Civil Veterinary Dept. Assam report 1927-50 - 1927-1950
Year: 1927
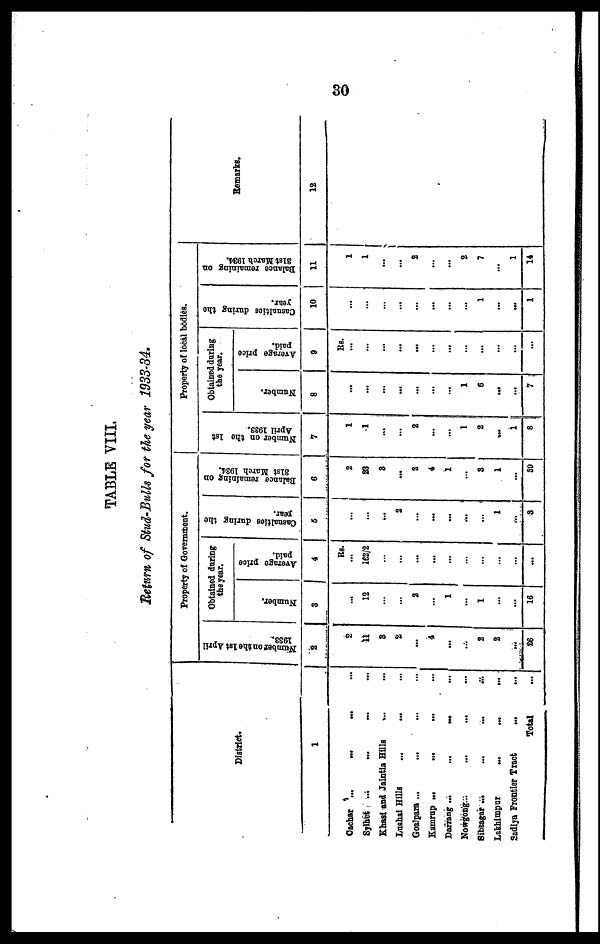
30
TABLE VIII.
Return of Stud-Bulls for the year 1933-34.
District.
1
Cachar ...
...
... ...
Sylhet ... ... ... ...
Khasi and Jointia Hills ... ...
Lushai Hills ... ... ...
Goalpara ... ... ... ...
Kamrup ...
... ... ...
Darrang ...
...
... ...
Nowgong...
...
... ...
Sibsagar ... ... ... ...
Lakhimpur
...
...
...
Sadiya Frontier Tract
... ...
Total ...
Property of Government.
Number on the 1st April
1933.
2
2
11
3
2
...
4
...
...
2
2
...
26
Obtained daring
the year.
Number.
3
...
12
...
...
2
...
1
...
1
...
...
16
Average price
paid.
4
Rs.
...
162/2
...
...
...
...
...
...
...
...
...
...
Casualties
during the
year.
5
...
...
...
2
...
...
...
...
...
1
...
3
Balance remaining on
31st March 1934.
6
2
23
8
...
2
4
1
...
3
1
...
30
Property of local bodies.
Number on the 1st
April 1933.
7
1
1
...
...
2
...
...
1
2
...
1
8
Obtained during
the year.
Number.
8
...
...
...
...
...
...
...
1
6
...
...
7
Average price
paid.
9
Rs.
...
...
...
...
...
...
...
...
...
...
...
...
Casualties during the
year.
10
...
...
...
...
...
...
...
...
1
...
...
1
Balance remaining on
31st March 1934.
11
1
1
...
...
2
...
...
2
7
...
1
14
Remarks.
12